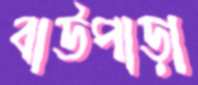
বাউপাড়া